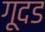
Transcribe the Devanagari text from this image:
गूदड